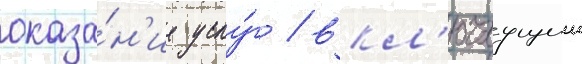
оказа́н'ие услу́г / вкл'ючаущии